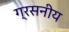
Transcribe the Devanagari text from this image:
ग्रसनीय